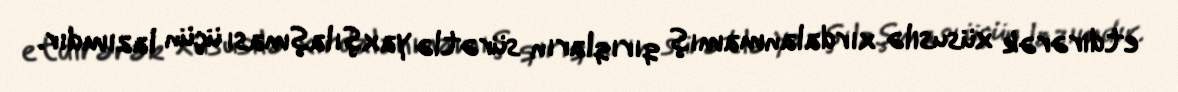
etdirərək xüsusilə xırdalanmamış qırıqların sürətlə yaxşılaşması üçün lazımdır.